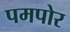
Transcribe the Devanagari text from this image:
पमपोर